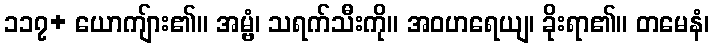
၁၁၇+ ယောကျ်ား၏။ အမ္ဗံ၊ သရက်သီးကို။ အဝဟရေယျ၊ ခိုးရာ၏။ တမေနံ၊